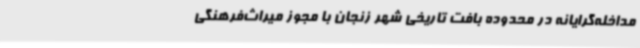
مداخله‌گرایانه در محدوده بافت تاریخی شهر زنجان با مجوز میراث‌فرهنگی